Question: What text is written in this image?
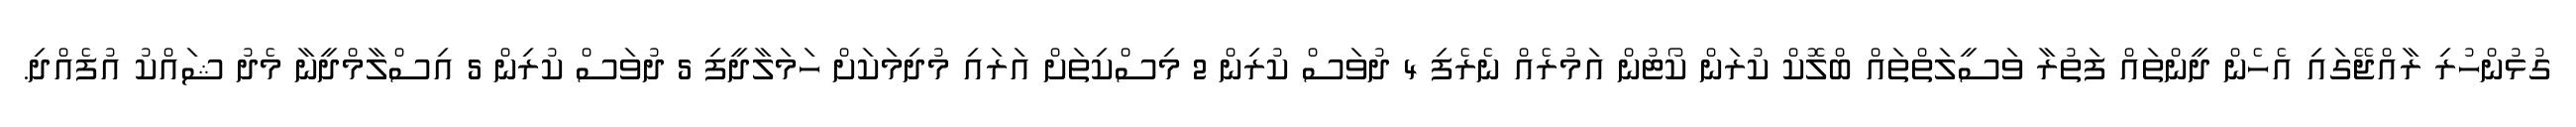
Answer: ގުޅުންހުރި ރާއްޖޭގައި އެހެން ދީންތައް ފަތުރާ ވަސީލަތްތައް ބްލޮކް ކުރަން ކޯޓުން އަމުރެއް ނެރެފި 4 ދުވަސް ކުރިން 2 މިސްކިތަށް އަރައި މުދިމަކަށް ހަމަލާދީފި 5 ދުވަސް ކުރިން 5 އިސްލާމްދީނާ މެދު ޝައްކު އުފެއްދި.